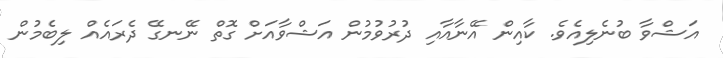
އަޝްވާ ބުނެލިއެވެ. ކާއިން އޭނާއާއި ދުރުވުމުން އަޝްވާއަށް ގޮތް ނޭނގޭ ދެރައެއް ލިބެމުން